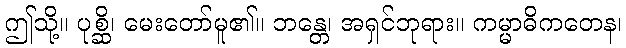
ဤသို့။ ပုစ္ဆိ၊ မေးတော်မူ၏။ ဘန္တေ၊ အရှင်ဘုရား။ ကမ္မာဓိကတေန၊